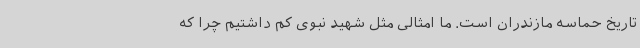
تاریخ حماسه مازندران است. ما امثالی مثل شهید نبوی کم داشتیم چرا که